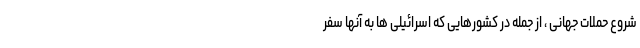
شروع حملات جهانی ، از جمله در کشورهایی که اسرائیلی ها به آنها سفر